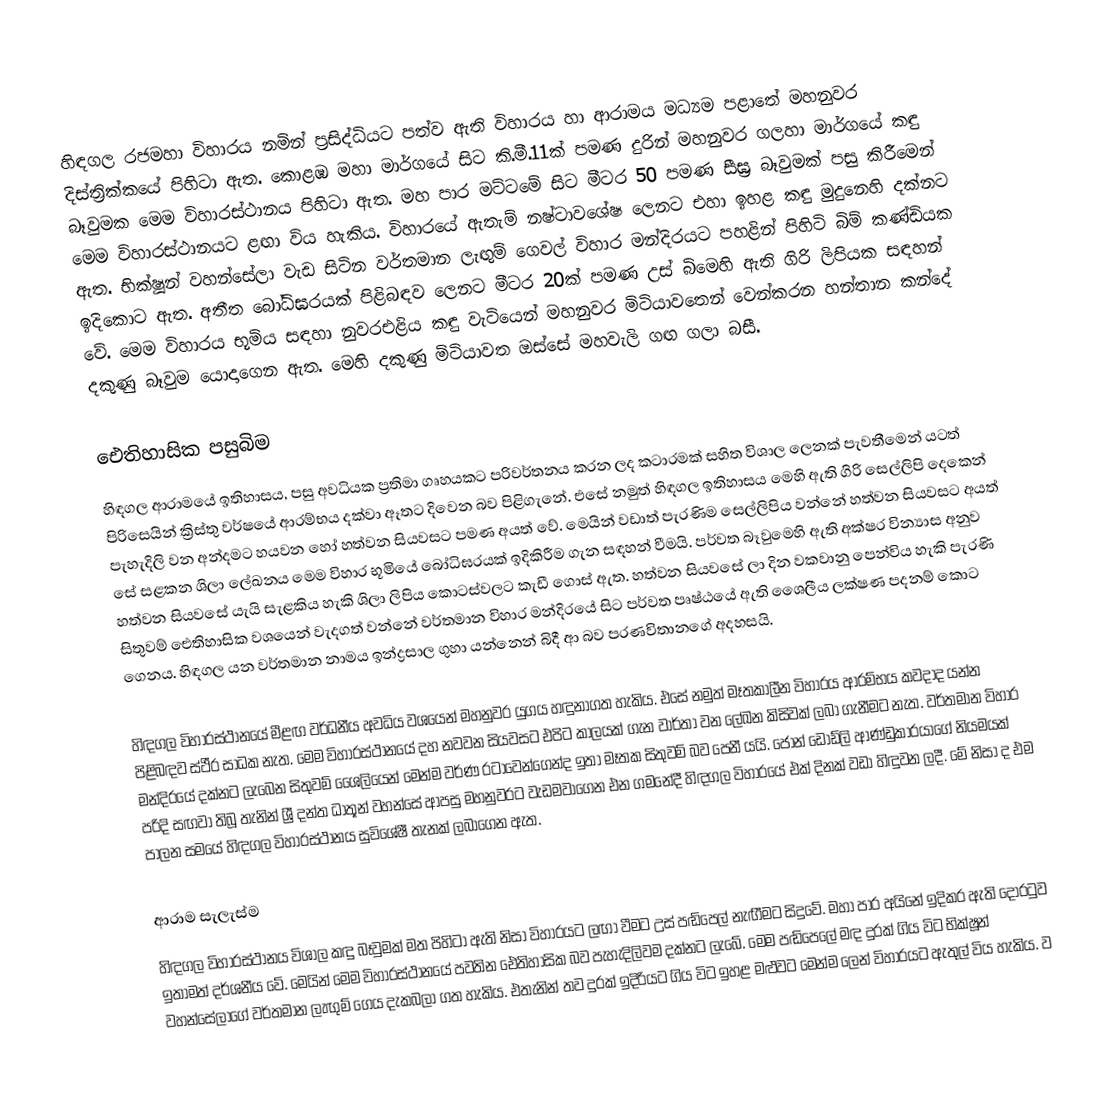
හිඳගල රජමහා විහාරය නමින් ප්‍රසිද්ධියට පත්ව ඇති විහාරය හා ආරාමය මධ්‍යම පළාතේ මහනුවර දිස්ත්‍රික්කයේ පිහිටා ඇත. කොළඹ මහා මාර්ගයේ සිට කි.මී.11ක් පමණ දුරින් මහනුවර ගලහා මාර්ගයේ කඳු බෑවුමක මෙම විහාරස්ථානය පිහිටා ඇත. මහ පාර මට්ටමේ සිට මීටර 50 පමණ සීඝ්‍ර බෑවුමක් පසු කිරීමෙන් මෙම විහාරස්ථානයට ළඟා විය හැකිය. විහාරයේ ඇතැම් නෂ්ටාවශේෂ ලෙනට එහා ඉහළ කඳු මුදුනෙහි දක්නට ඇත. භික්ෂූන් වහන්සේලා වැඩ සිටින වර්තමාන ලැඟුම් ගෙවල් විහාර මන්දිරයට පහළින් පිහිටි බිම් කණ්ඩියක ඉදිකොට ඇත. අතීත බෝධිඝරයක් පිළිබඳව ලෙනට මීටර 20ක් පමණ උස් බිමෙහි ඇති ගිරි ලිපියක සඳහන් වේ. මෙම විහාරය භූමිය සඳහා නුවරඑළිය කඳු වැටියෙන් මහනුවර මිටියාවතෙන් වෙන්කරන හන්තාන කන්දේ දකුණු බෑවුම යොදාගෙන ඇත. මෙහි දකුණු මිටියාවත ඔස්සේ මහවැලි ගඟ ගලා බසී.

ඓතිහාසික පසුබිම
හිඳගල ආරාමයේ ඉතිහාසය‚ පසු අවධියක ප්‍රතිමා ගෘහයකට පරිවර්තනය කරන ලද කටාරමක් සහිත විශාල ලෙනක් පැවතීමෙන් යටත් පිරිසෙයින් ක්‍රිස්තු වර්ෂයේ ආරම්භය දක්වා ඈතට දිවෙන බව පිළිගැනේ. එසේ නමුත් හිඳගල ඉතිහාසය මෙහි ඇති ගිරි සෙල්ලිපි දෙකෙන් පැහැදිලි වන අන්දමට හයවන හෝ හත්වන සියවසට පමණ අයත් වේ. මෙයින් වඩාත් පැරණිම සෙල්ලිපිය වන්නේ හත්වන සියවසට අයත් සේ සළකන ශිලා ලේඛනය මෙම විහාර භූමියේ බෝධිඝරයක් ඉදිකිරීම ගැන සඳහන් වීමයි. පර්වත බෑවුමෙහි ඇති අක්ෂර වින්‍යාස අනුව හත්වන සියවසේ යැයි සැළකිය හැකි ශිලා ලිපිය කොටස්වලට කැඩී ගොස් ඇත. හත්වන සියවසේ ලා දින වකවානු පෙන්විය හැකි පැරණි සිතුවම් ඓතිහාසික වශයෙන් වැදගත් වන්නේ වර්තමාන විහාර මන්දිරයේ සිට පර්වත පෘෂ්ඨයේ ඇති ශෛලීය ලක්ෂණ පදනම් කොට ගෙනය. හිඳගල යන වර්තමාන නාමය ඉන්ද්‍රසාල ගුහා යන්නෙන් බිදී ආ බව පරණවිතානගේ අදහසයි.

හිඳගල විහාරස්ථානයේ මීළඟ වර්ධනීය අවධිය වශයෙන් මහනුවර යුගය හඳුනාගත හැකිය. එසේ නමුත් මෑතකාලීන විහාරය ආරම්භය කවදාද යන්න පිළිබඳව ස්ථීර සාධක නැත. මෙම විහාරස්ථානයේ දහ නවවන සියවසට එපිට කාලයක් ගැන වාර්තා වන ලේඛන කිසිවක් ලබා ගැනීමට නැත. වර්තමාන විහාර මන්දිරයේ දක්නට ලැබෙන සිතුවම් ශෛලියෙන් මෙන්ම වර්ණ රටාවෙන්ගෙන්ද ඉතා මෑතක සිතුවම් බව පෙනී යයි. ජෝන් ඩොඩ්ලි ආණ්ඩුකාරයාගේ නියමයක් පරිදි සඟවා තිබූ තැනින් ශ්‍රී දන්ත ධාතූන් වහන්සේ ආපසු මහනුවරට වැඩමවාගෙන එන ගමනේදී හිඳගල විහාරයේ එක් දිනක් වඩා හිඳුවන ලදී.  මේ නිසා ද එම පාලන සමයේ හිඳගල විහාරස්ථානය සුවිශේෂී තැනක් ලබාගෙන ඇත.

ආරාම සැලැස්ම
හිඳගල විහාරස්ථානය විශාල කඳු බෑවුමක් මත පිහිටා ඇති නිසා විහාරයට ලඟා වීමට උස් පඬිපෙල් නැඟීමට සිදුවේ. මහා පාර අයිනේ ඉදිකර ඇති දොරටුව ඉතාමත් දර්ශනීය වේ. මෙයින් මෙම විහාරස්ථානයේ පවතින ‍ඓතිහාසික බව පැහැදිලිවම දක්නට ලැබේ. මෙම පඬිපෙලේ මඳ දුරක් ගිය විට භික්ෂූන් වහන්සේලාගේ වර්තමාන ලැඟුම් ගෙය දැකබලා ගත හැකිය. එතැනින් තව දුරක් ඉදිරියට ගිය විට ඉහළ මළුවට මෙන්ම ලෙන් විහාරයට ඇතුල් විය හැකිය. ව